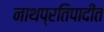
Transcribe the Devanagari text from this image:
नाथप्रतिपादीत